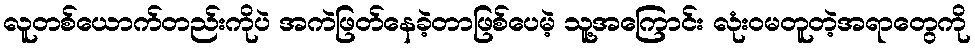
လူတစ်ယောက်တည်းကိုပဲ အကဲဖြတ်နေခဲ့တာဖြစ်ပေမဲ့ သူ့အကြောင်း လုံးဝမတူတဲ့အရာတွေကို